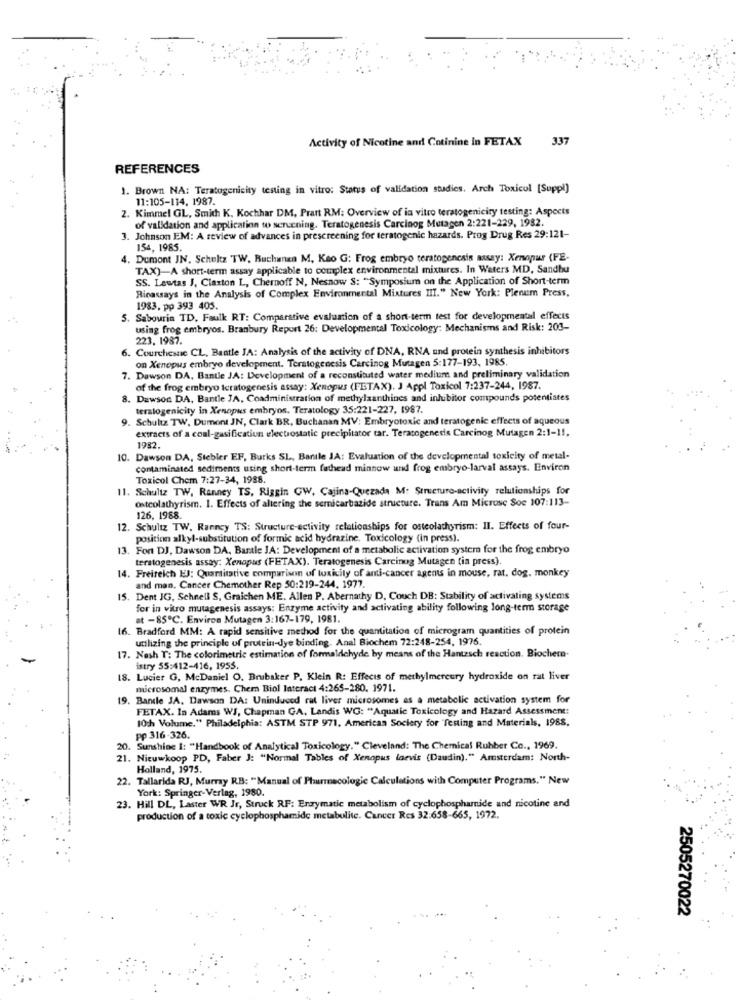
Activity of Nicotine and Cotinine in FETAX
337
REFERENCES
1. Brown NA: Teratogenicity testing in vitro: Status of validation studies. Arch Toxicol [Suppl)
11:105-114. 1987.
2. Kimmel GL, Smith K. Kochhar DM, Pratt RM: Overview of in vitro teratogeniciry testing: Aspects
of validation and application to serucning. Teratogenesis Carcinog Mutagen 2:221-229, 1982.
3. Johnson EM: A review of advances in prescreening for teratogenic hazards. Prog Drug Res 29:121-
154, 1985.
4. Dumont IN. Schultz TW. Buchanan M. Keo G: Frog embryo teratogencais masay: Xenopur (FE-
TAX)-A short-term assay applicable to complex environmental mixtures. In Waters MD, Sandhu
SS. Lewtas J, Claxton L, Chernoff N, Nesnow S: "Symposium on the Application of Short-term
Ricassays in the Analysis of Complex Environmental Mixtures III." New York: Plenum Press,
1983, pp 393 405.
5. Sabourin TD, Faulk RT: Comparative evaluation of a short-term test for developmental effects
using frog embryos. Branbury Report 26: Developmental Toxicology: Mechanisms and Risk: 203-
223. 1987.
6. Courchesne CL, Bantle JA: Analysis of the activity of DNA, RNA und protein synthesis inhibitors
on Xenopus embryo development. Terstogenesis Carcinog Mutagen 5:177-193, 1985.
7. Dawson DA, Bantle JA: Development of a reconstituted water medium and preliminary validation
of the frog embryo teratogenesis assay: Xenopus (FETAX). J Appl Toxicol 7:237-244, 1987.
8. Dawson DA, Bantle JA, Coadministration of medrylzanthines and inhibitor compounds potentiates
teralogenicity in Xenopus embryos. Teratology 35:221-227, 1987.
. Schultz TW, Dumont JN, Clark BR, Buchanan MV: Embryotoxic and teratogenic effects of aqueous
extracts of a coal-gasification electrostatic precipitator tar. Teratogenesis Carcinog Mutagen 2:1-1 !.
1982.
10. Dawson DA, Stebier EF, Burks SL, Bantle JA: Evaluation of the developmental toxicity of metal-
contaminated sediments using short-term fathead minnow and frog embryo-larval assays. Environ
Toxicol Chem 7:27-34, 1988.
11. Schultz TW, Ranney TS, Riggin GW, Cajina-Quezada M. Structure-activity relationships for
osteolathyrism. 1. Effects of altering the sernicarbazide structure. Trans Am Microse Soc 107:113-
126, 1988.
12. Schultz TW, Ranncy TS: Structure-ectivity relationships for osteolathorism: Il. Effects of four-
position alkyl-substitution of formic acid hydrazine. Toxicology (in press).
13. Font DJ, Dawson DA, Barale JA: Development of a metabolic activation system for the frog embryo
teratogenesis assay: Xenopus (FETAX). Teratogenesis Carcinug Mutagen (ia press).
14. Freireich EJ: Quantitative comparison of toxicity of anti-cancer agents in mouse, rat, dog. monkey
and man, Cancer Chemother Rep 50:219-244. 1977.
15. Dent JG, Schnell S, Graichen ME. Allen P. Abernathy D, Couch DB: Stability of activating systems
for in vitro mutagenesis assays: Enzyme activity and activating ability following long-term storage
at -85℃. Environ Mutagen 3:167-179, 1981.
16. Bradford MM: A rapid sensitive method for the quantitation of microgram quantities of protein
utilizing the principle of protein-dye binding. Anal Biochem 72:248-254, 1976.
17. Nash T: The colorimetric estimation of formaldehyde by means of the Hantzsch reaction. Biochem-
istry 55:412-416, 1955.
18. Lucier G, McDaniel O. Brubaker P. Klein R: Effects of methylmercury hydroxide on rat liver
microsomal enzymes. Chem Biol Interact 4:265-280. 1971.
19. Bandle JA. Dawson DA: Uninduced rat liver microsomes as a metabolic activation system for
FETAX. In Adams WJ, Chapman GA, Landis WG: "Aquatic Toxicology and Hazard Assessment:
1Och Volume," Philadelphia: ASTM STP 971, American Society for Testing and Materials, 1988,
pp 316-326.
20. Sunshine I: "Handbook of Analytical Toxicology." Cleveland: The Chemical Rubber Co ., 1969.
21. Nieuwkoop PD, Faber J: "Normal Tables of Xenopus laevis (Daudin)." Amsterdam: North-
Holland, 1975.
22. Tallarida RJ, Murray RB: "Manual of Pharmacologie Calculations with Computer Programs." New
York: Springer-Verlag, 1980.
23. Hill DL, Laster WR Jr, Struck RF: Enzymatic metabolism of cyclophosphamide and nicotine and
production of a toxic cyclophosphamide metabolite. Cancer Res 32:658-665, 1972.
2505270022